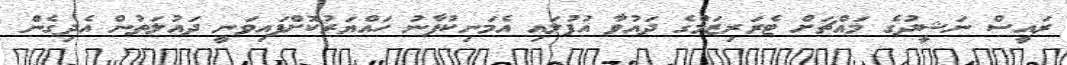
ރައީސް ނަޝީދުގެ މައްޗަށް ޓެރަރިޒަމްގެ ދައުވާ އުފުލައި އެމަނިކުފާނު ހައްޔަރުކޮށްފައިވަނީ ދައުލަތުން އެދިގެން